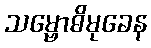
သမ္ဗောဓိမုခေန